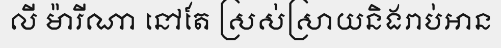
លី ម៉ារីណា នៅតែ ស្រស់ស្រាយនិងរាប់អាន